Scottish Leaving Certificate Examination, 1959
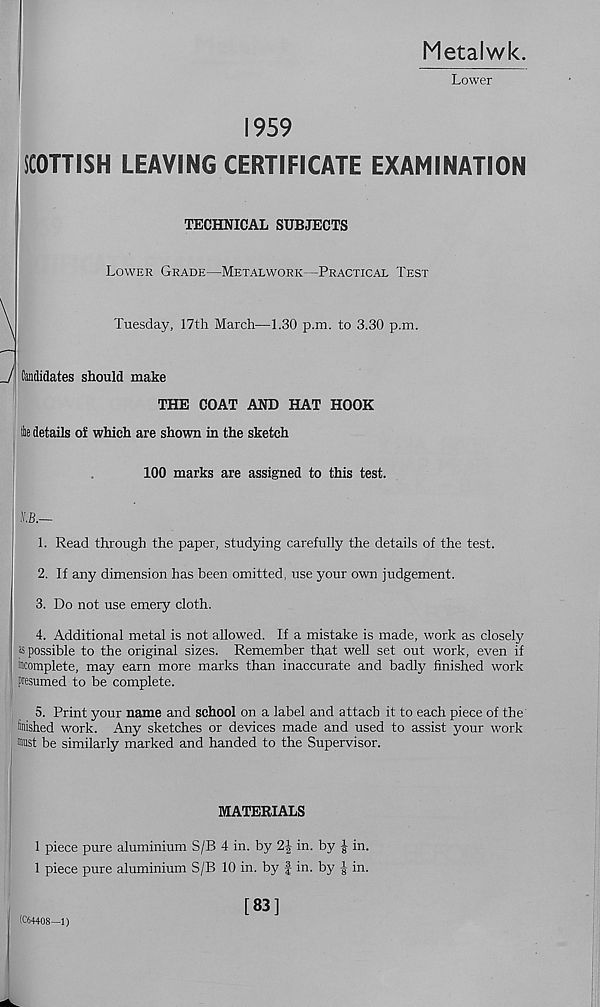
Metalwk.
Lower
1959
|SCOTTISH LEAVING CERTIFICATE EXAMINATION
TECHNICAL SUBJECTS
Lower Grade—Metalwork—Practical Test
\
Tuesday, 17th March—1.30 p.m. to 3.30 p.m.
J Candidates should make
THE COAT AND HAT HOOK
ike details of which are shown in the sketch
100 marks are assigned to this test.
IB.—
1. Read through the paper, studying carefully the details of the test.
2. If any dimension has been omitted, use your own judgement.
3. Do not use emery cloth.
4. Additional metal is not allowed. If a mistake is made, work as closely
as possible to the original sizes. Remember that well set out work, even if
incomplete, may earn more marks than inaccurate and badly finished work
presumed to be complete.
5. Print your name and school on a label and attach it to each piece of the
finished work. Any sketches or devices made and used to assist your work
must be similarly marked and handed to the Supervisor.
MATERIALS
1 piece pure aluminium S/B 4 in. by 2| in. by ^ in.
1 piece pure aluminium S/B 10 in. by f in. by ^ in.
(C64408—I)
[83]